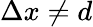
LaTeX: \Delta x\neq d